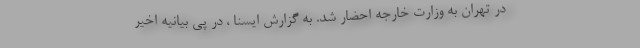
در تهران به وزارت خارجه احضار شد. به گزارش ایسنا ، در پی بیانیه اخیر